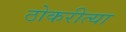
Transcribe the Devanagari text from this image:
ठोकरीत्या